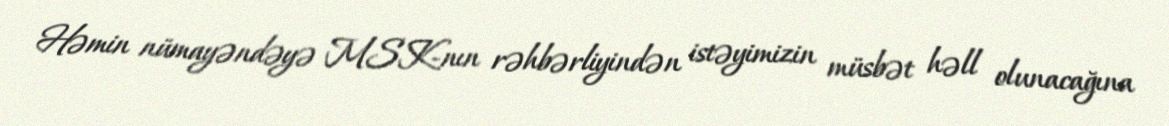
Həmin nümayəndəyə MSK-nın rəhbərliyindən istəyimizin müsbət həll olunacağına